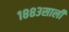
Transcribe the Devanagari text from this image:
१८८३साली